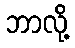
ဘာလို့